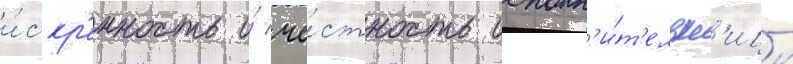
и́скр'енность и́ че́стность исполн'и́т'ельн'ицы